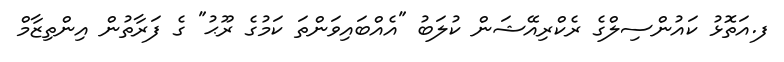
ފ.އަތޮޅު ކައުންސިލްގެ ރެކްރިއޭޝަން ކުލަބު "އެއްބައިވަންތަ ކަމުގެ ރޫޙު" ގެ ފަރާތުން އިންތިޒާމް